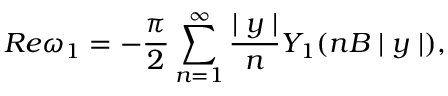
R e \omega _ { 1 } = - \frac { \pi } { 2 } \sum _ { n = 1 } ^ { \infty } \frac { \mid y \mid } { n } Y _ { 1 } ( n B \mid y \mid ) ,